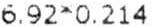
6.92*0.214